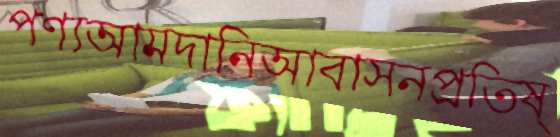
পণ্যআমদানিআবাসনপ্রতিষ্